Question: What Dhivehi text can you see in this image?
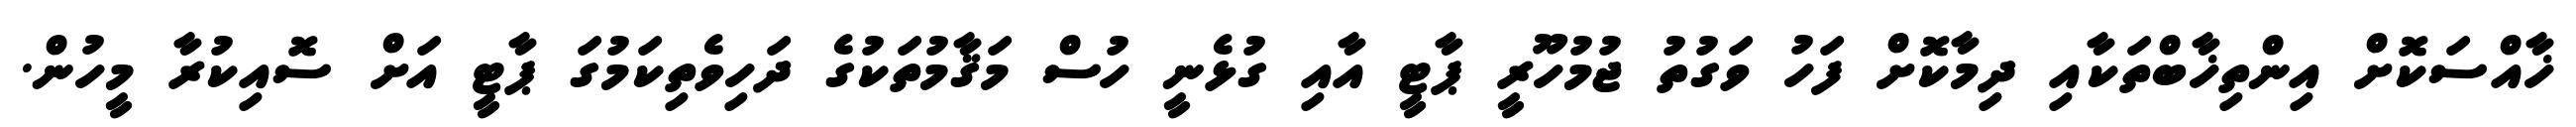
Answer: ޚާއްސަކޮށް އިންތިޚާބްތަކާއި ދިމާކޮށް ފަހު ވަގުތު ޖުމުހޫރީ ޕާޓީ އާއި ގުޅެނީ ހުސް މަޤާމުތަކުގެ ދަހިވެތިކަމުގަ ޕާޓީ އަށް ސޮއިކުރާ މީހުން.